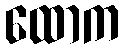
ထောက